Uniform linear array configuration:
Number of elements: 8
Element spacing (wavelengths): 0.5
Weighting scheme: binomial
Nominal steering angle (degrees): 60
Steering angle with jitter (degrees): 60.57
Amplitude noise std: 0.05
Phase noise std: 0.05

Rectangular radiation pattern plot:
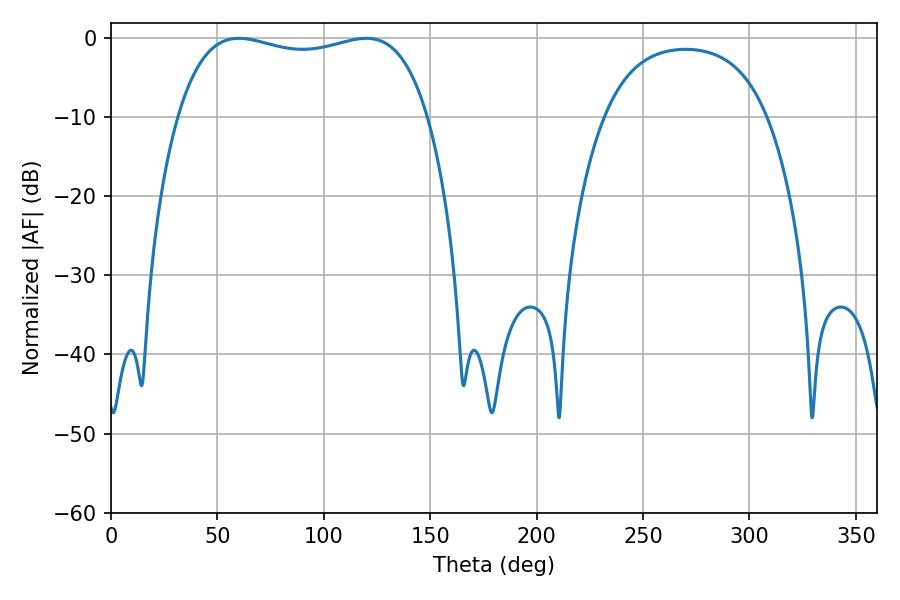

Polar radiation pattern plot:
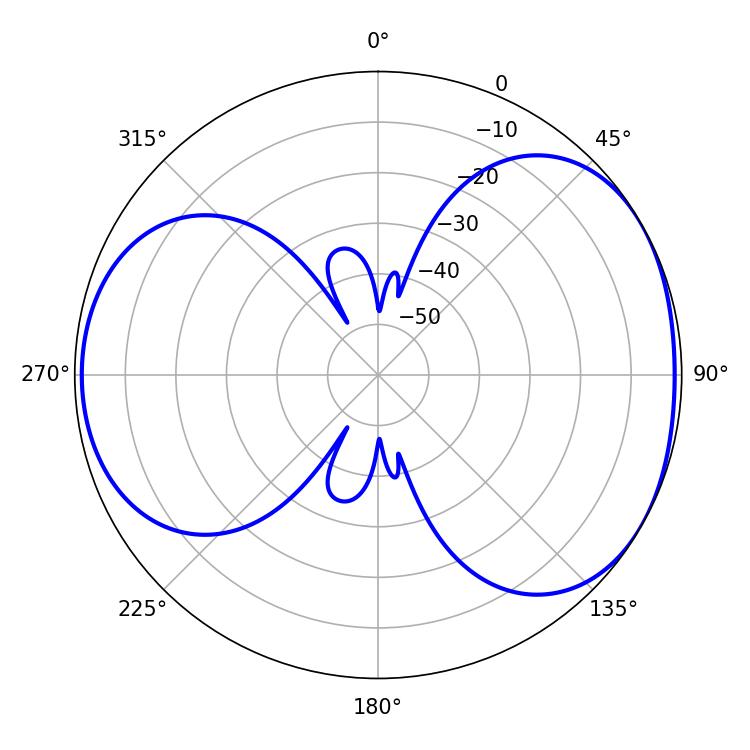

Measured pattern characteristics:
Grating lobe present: FALSE
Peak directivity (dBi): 4.596
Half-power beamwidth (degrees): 95.4
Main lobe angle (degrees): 60.12